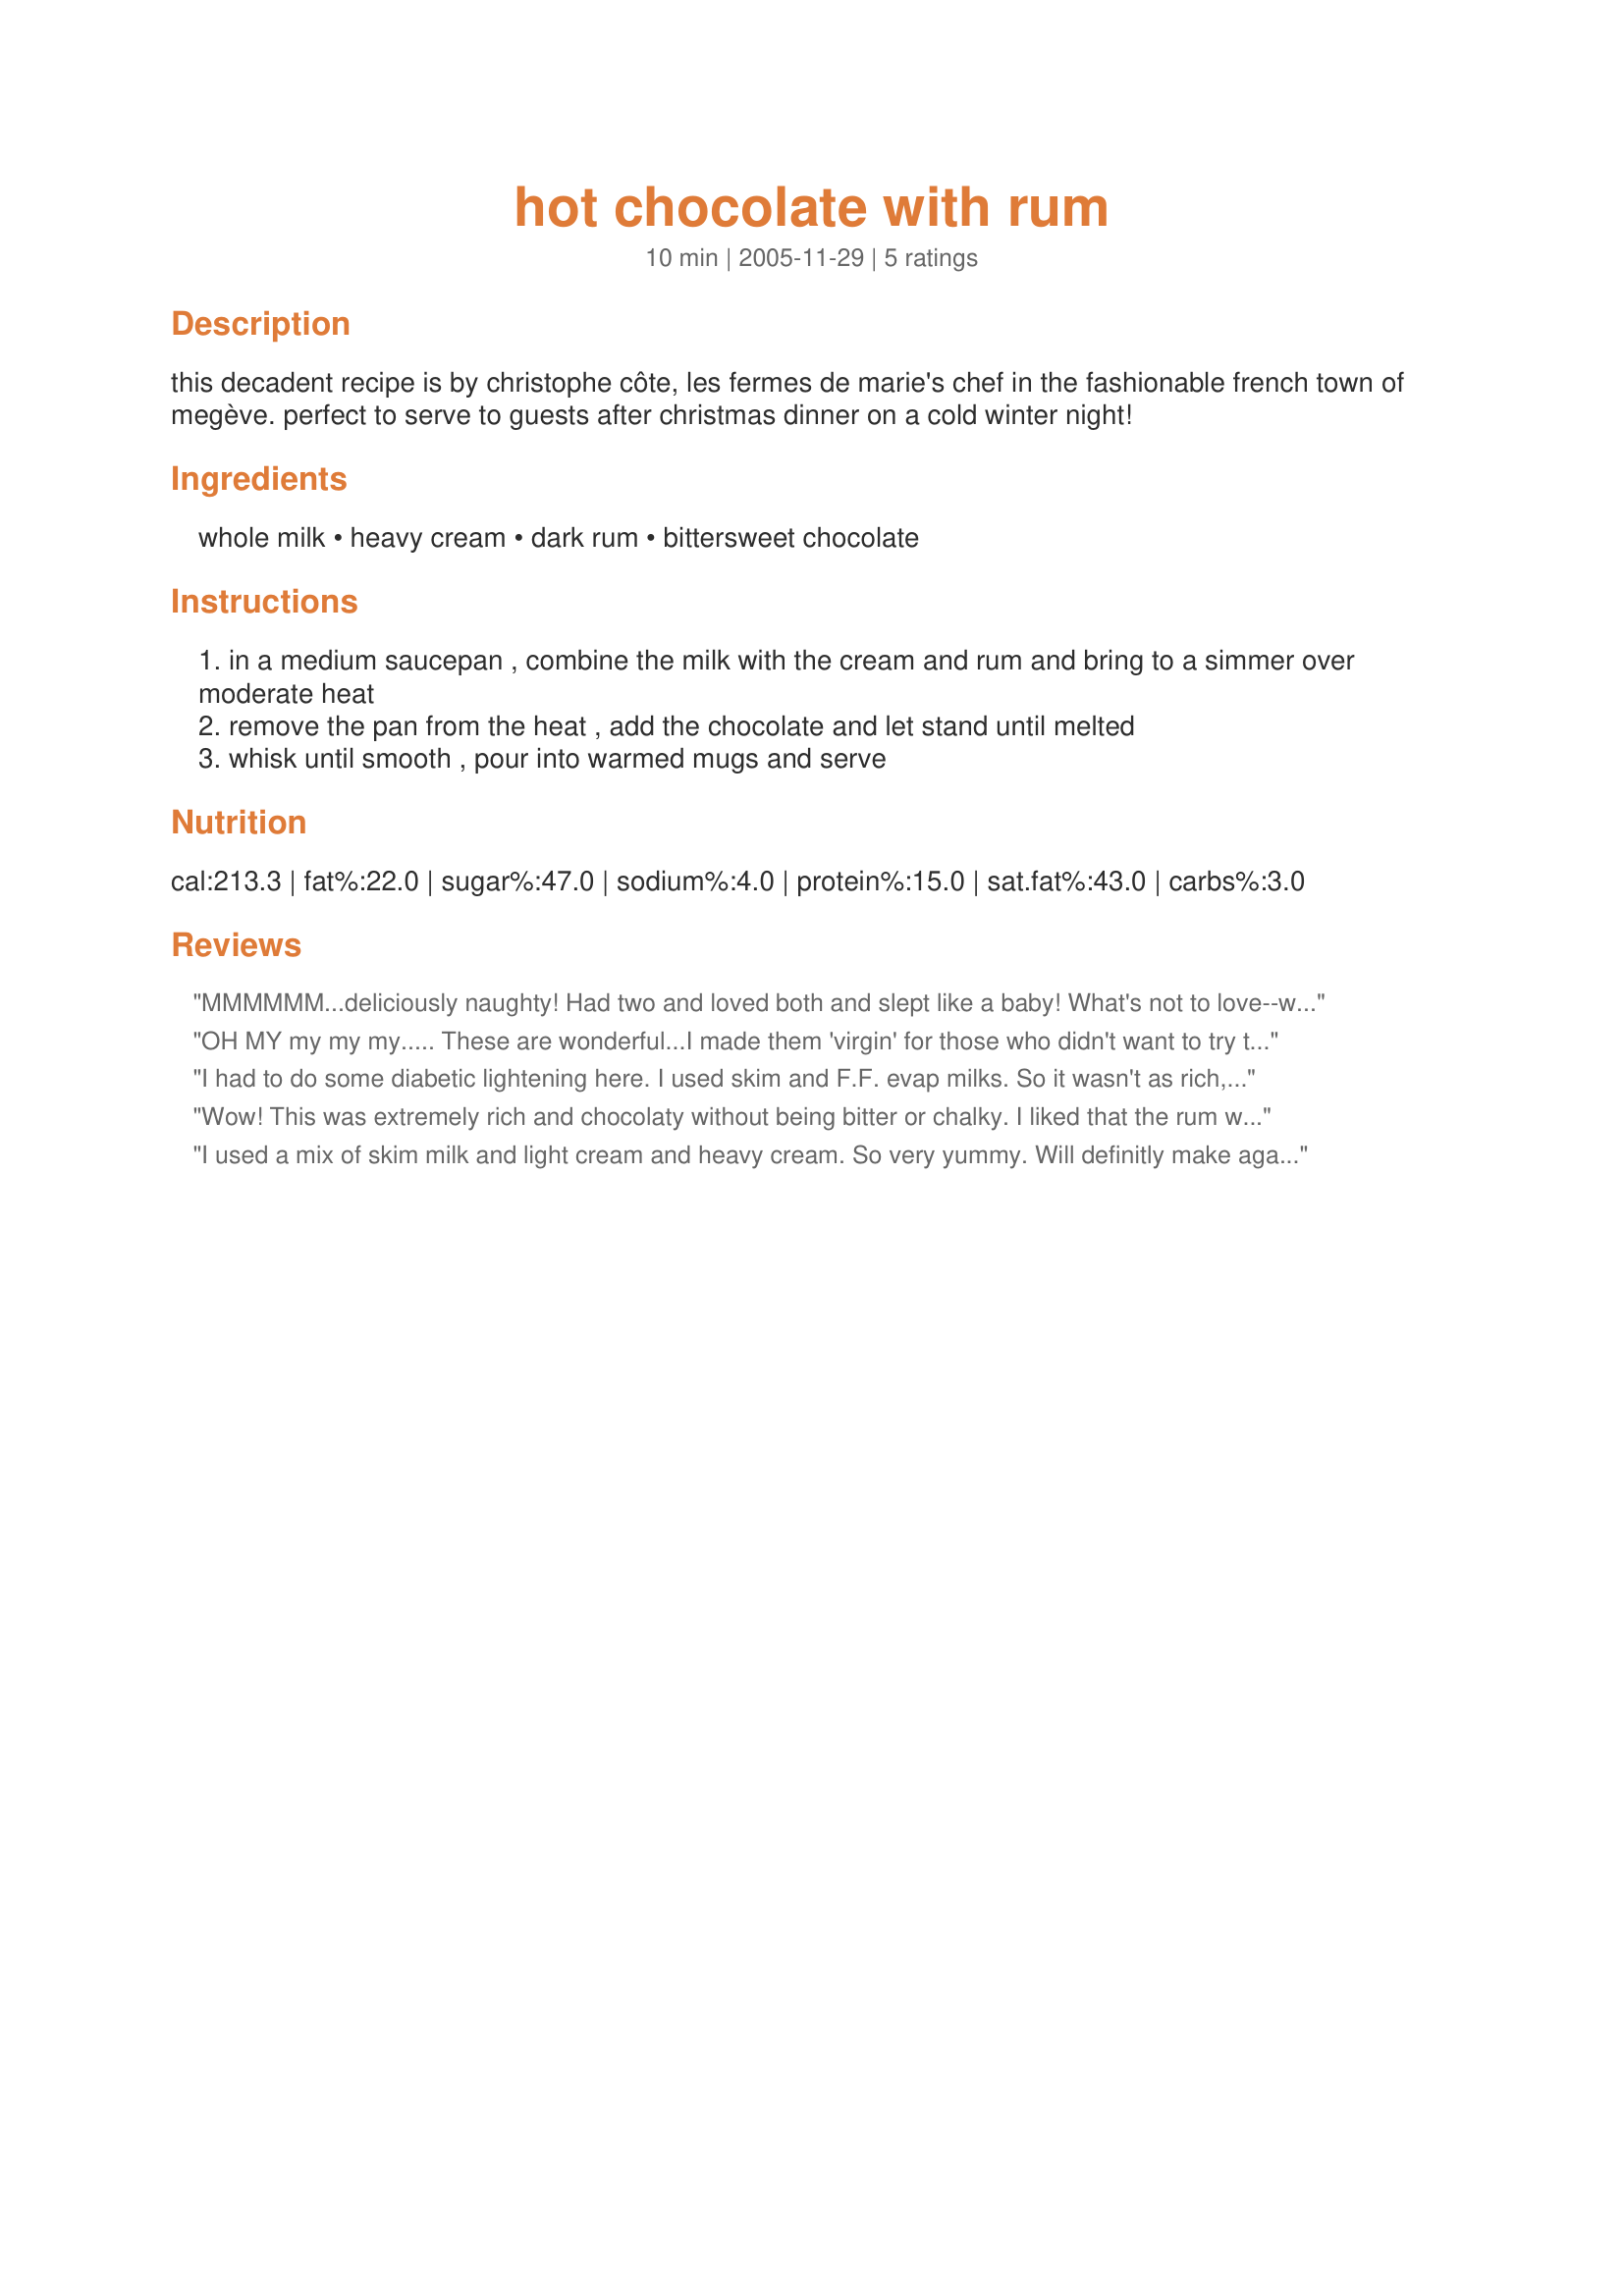
hot chocolate with rum
Preparation time: 10 minutes

this decadent recipe is by christophe côte, les fermes de marie's chef in the fashionable french town of megève. perfect to serve to guests after christmas dinner on a cold winter night!

Ingredients:
whole milk, heavy cream, dark rum, bittersweet chocolate

Steps:
in a medium saucepan , combine the milk with the cream and rum and bring to a simmer over moderate heat
remove the pan from the heat , add the chocolate and let stand until melted
whisk until smooth , pour into warmed mugs and serve

Reviews:
MMMMMM...deliciously naughty! Had two and loved both and slept like a baby! What's not to love--warm half & half *am I bad or what?*, rum,chocolate, and whipped cream. Thanks for posting this belly-warmer, Cheryl!
OH MY my my my.....
These are wonderful...I made them 'virgin' for those who didn't want to try them w/rum...and then added 2 tbls in each cup for the rest of us WHOOPS!! Thank you Cheryl for the perfect warm 'er' up 'er' !!
I had to do some diabetic lightening here. I used skim and F.F. evap milks. So it wasn't as rich, creamy and sensual as I would have liked. On the other hand it was chocolate and rum and seriously under 77% fat and it was still yummy. I loved it.
Wow! This was extremely rich and chocolaty without being bitter or chalky. I liked that the rum was not overpowering as well. Wonderful! Thank you.
I used a mix of skim milk and light cream and heavy cream.
So very yummy.
Will definitly make again.
Made for Comfort Cafe tag an 2009
